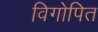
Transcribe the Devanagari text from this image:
विगोपित